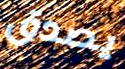
يصدق